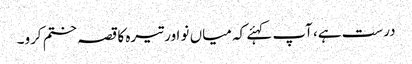
درست ہے، آپ کہئے کہ میاں نو اور تیرہ کا قصہ ختم کرو۔